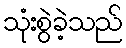
သုံးစွဲခဲ့သည်